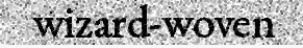
wizard-woven